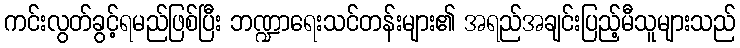
ကင်းလွတ်ခွင့်ရမည်ဖြစ်ပြီး ဘဏ္ဍာရေးသင်တန်းများ၏ အရည်အချင်းပြည့်မီသူများသည်